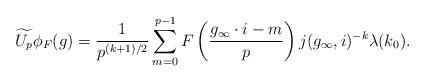
LaTeX: \begin{align*}\widetilde{U_p}\phi_F(g) = \frac{1}{p^{(k+1)/2}}\sum_{m=0}^{p-1} F\left(\frac{g_\infty \cdot i-m}{p}\right)j(g_\infty,i)^{-k} \lambda(k_0).\end{align*}